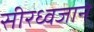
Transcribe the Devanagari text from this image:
सीरध्वजाने